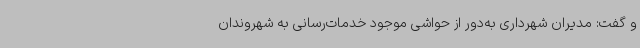
و گفت: مدیران شهرداری به‌دور از حواشی موجود خدمات‌رسانی به شهروندان